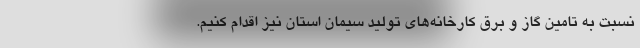
نسبت به تامین گاز و برق کارخانه‌های تولید سیمان استان نیز اقدام کنیم.